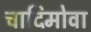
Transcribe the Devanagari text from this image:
चादिमोवा